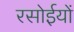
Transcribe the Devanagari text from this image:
रसोईयों